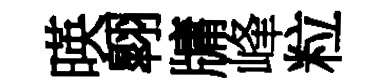
暎翺牗峰粒